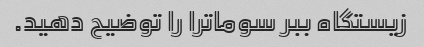
زیستگاه ببر سوماترا را توضیح دهید.